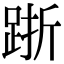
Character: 䟷